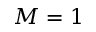
M = 1